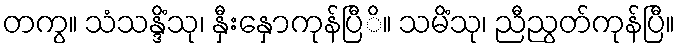
တကွ။ သံသန္ဒိံသု၊ နှီးနှောကုန်ပြီိ။ သမိံသု၊ ညီညွတ်ကုန်ပြီ။